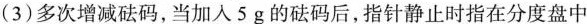
(3)多次增减砝码，当加入5g的砝码后，指针静止时指在分度盘中